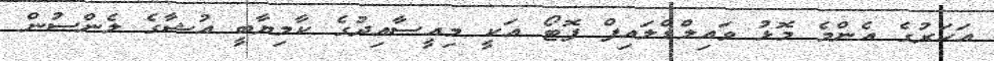
އަހަރުގެ އެންމެ މޮޅު ވައިލްޑްލައިފް ފޮޓޯ އަކީ މިއީސާއިދުގެ ކާމިޔާބީ އުޝާގެ ލެންސުން